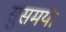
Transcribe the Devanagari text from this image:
सुसमयी